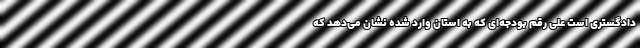
دادگستری است علی رقم بودجه‌ای که به استان وارد شده نشان می‌دهد که